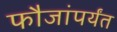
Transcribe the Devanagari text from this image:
फौजांपर्यंत